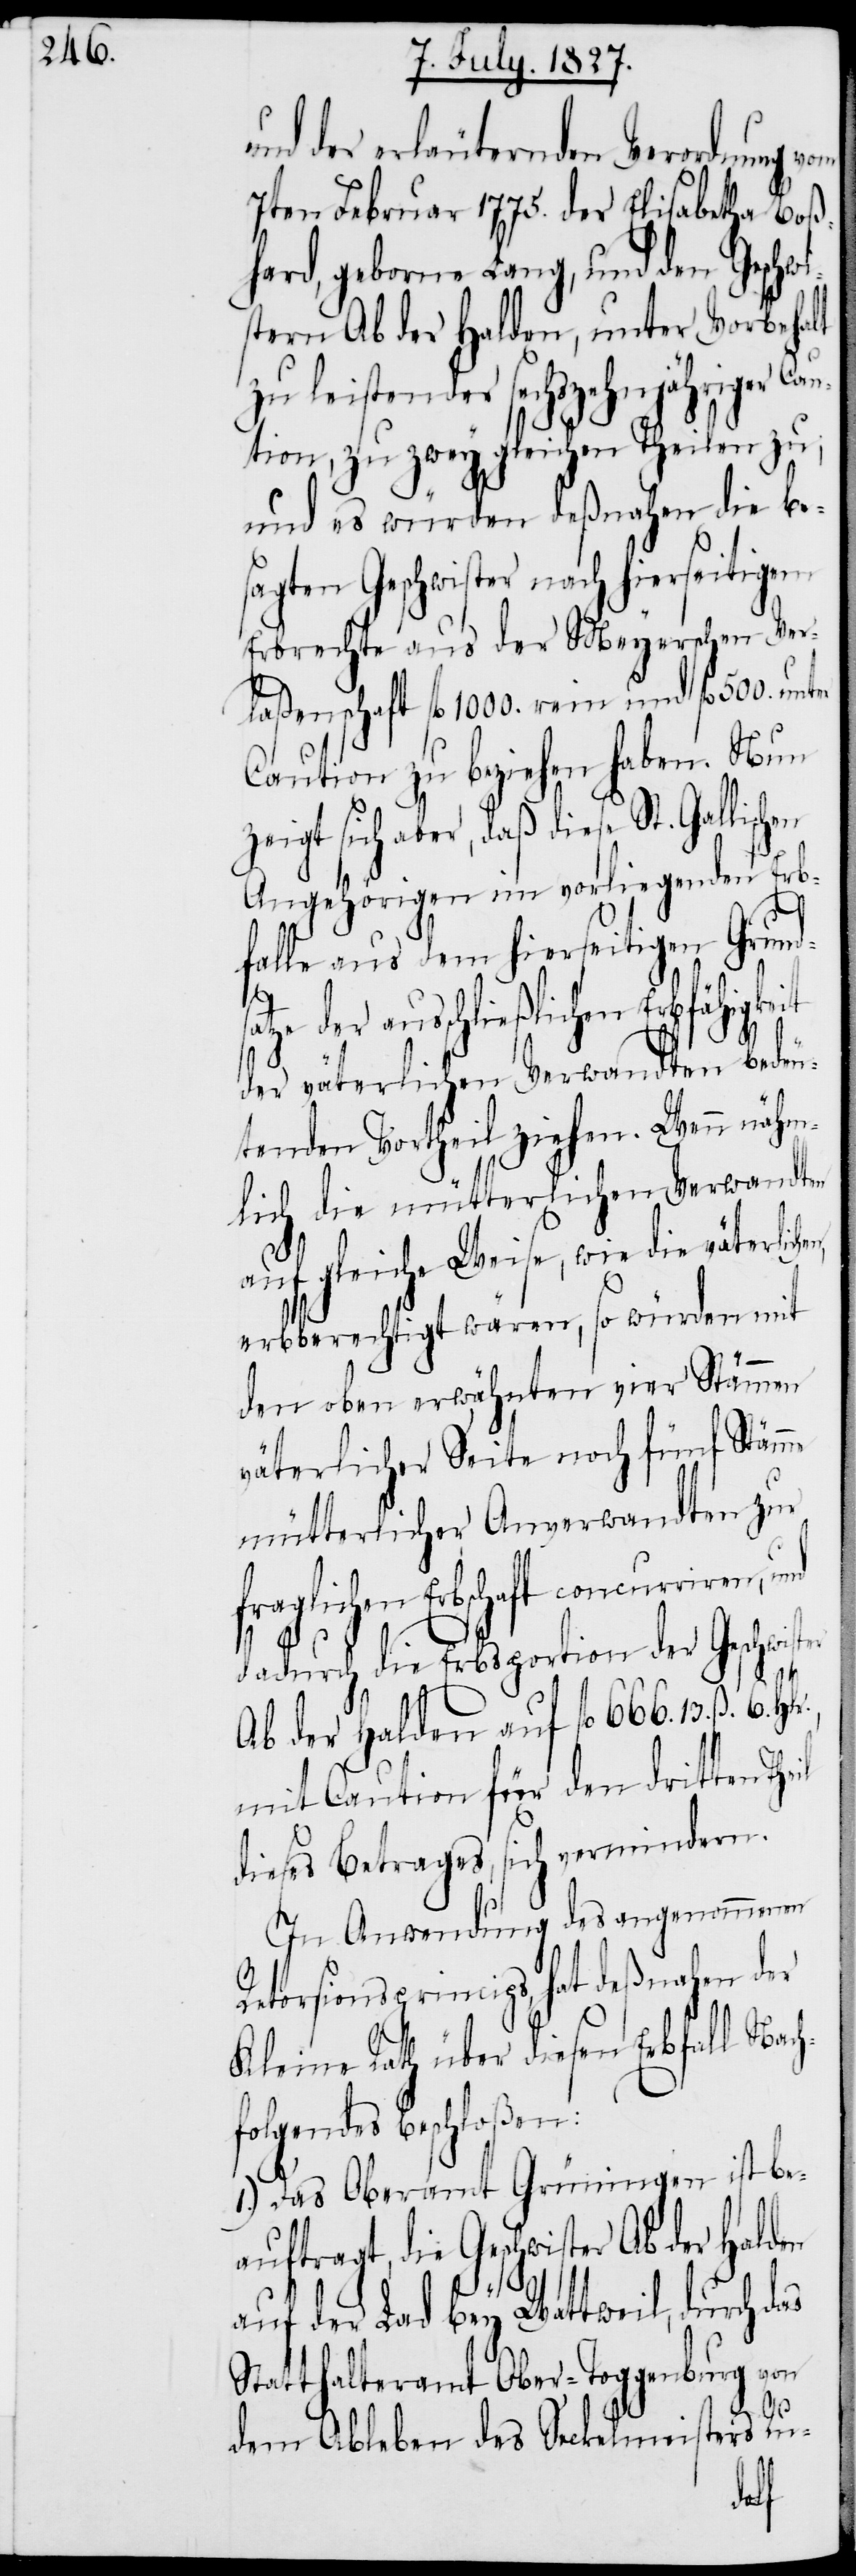
und der erläuternden Verordnung vom
7ten Februar 1775. der Elisabetha Boß¬
hard, geborne Lang, und den Geschwi¬
stern Ab der Halden, unter Vorbehalt
zu leistender sechszehnjähriger Cau¬
tion, zu zwey gleichen Theilen zu,
und es würden deßnahen die be¬
sagten Geschwister nach hierseitigem
Erbrechte aus der Meyerschen Ver¬
laßenschaft fl. 1000. rein und fl. 500. unter
Caution zu beziehen haben. Nun
zeigt sich aber, daß diese St. Gallischen
Angehörigen im vorliegenden Erb¬
falle aus dem hierseitigen Grun¬
atze der ausschließlichen Erbfähigkeit
der väterlichen Verwandten bedeu¬
tenden Vortheil ziehen. Wenn nähm¬
lich die mütterlichen Verwandten
h¬
auf gleiche Weise, wie die väterlich¬
erbberechtigt wären, so würden mit
den eben erwähnten vier Stämmen
väterlicher Seite noch fünf Stämme
mütterlicher Anverwandten zur
riren, und
fraglichen Erbschaft concur¬
dadurch die Erbsportion der Geschwis¬
Ab der Halden auf fl. 666. 13. ß. 6.
mit Caution für den dritten The¬
dieses Betrages, sich vermindern.
In Anwendung des angenommenen
Retorsionsprincips, hat deßnahen der
Kleine Rath über diesen Erbfall Nac¬
folgendes beschloßen.
1.) Das Oberamt Grüningen ist be¬
auftragt, die Geschwister Ab der Halden
auf der Lad bey Wattwil, durch das
Statthalteramt Ober-Toggenburg von
il
dem Ableben des Seckelmeisters Ru-
ter